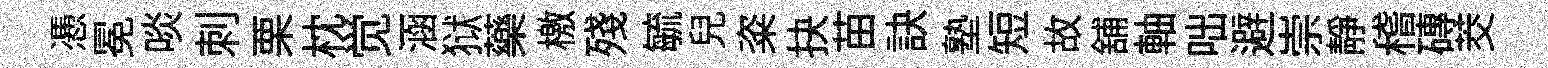
慿冕啖刺栗枕觉涵狱藥檄殘毓兒粢抉苗訣塾短故舖軸咄避崇静稽磚茭